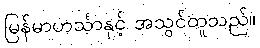
မြန်မာဟင်္သာနှင့် အသွင်တူသည်။